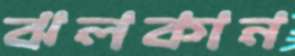
ঝলকান